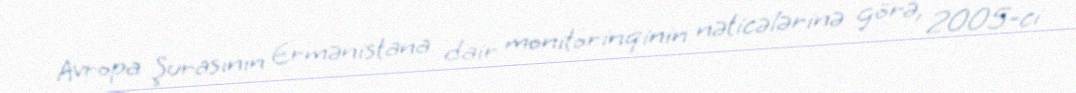
Avropa Şurasının Ermənistana dair monitorinqinin nəticələrinə görə, 2005-ci